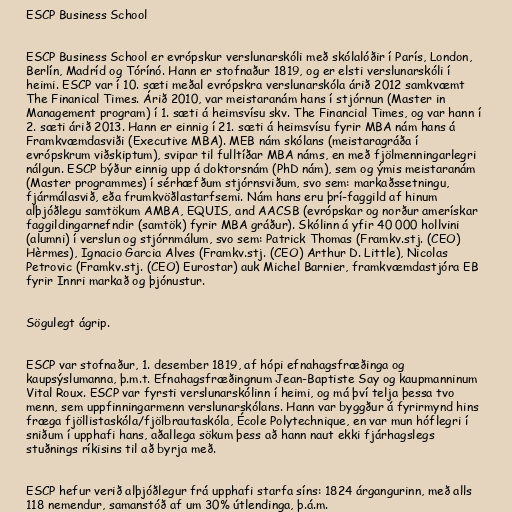
ESCP Business School

ESCP Business School er evrópskur verslunarskóli með skólalóðir í París, London,
Berlín, Madríd og Tórínó. Hann er stofnaður 1819, og er elsti verslunarskóli í
heimi. ESCP var í 10. sæti meðal evrópskra verslunarskóla árið 2012 samkvæmt
The Finanical Times. Árið 2010, var meistaranám hans í stjórnun (Master in
Management program) í 1. sæti á heimsvísu skv. The Financial Times, og var hann í
2. sæti árið 2013. Hann er einnig í 21. sæti á heimsvísu fyrir MBA nám hans á
Framkvæmdasviði (Executive MBA). MEB nám skólans (meistaragráða í
evrópskrum viðskiptum), svipar til fulltíðar MBA náms, en með fjölmenningarlegri
nálgun. ESCP býður einnig upp á doktorsnám (PhD nám), sem og ýmis meistaranám
(Master programmes) í sérhæfðum stjórnsviðum, svo sem: markaðssetningu,
fjármálasvið, eða frumkvöðlastarfsemi. Nám hans eru þrí-faggild af hinum
alþjóðlegu samtökum AMBA, EQUIS, and AACSB (evrópskar og norður amerískar
faggildingarnefndir (samtök) fyrir MBA gráður). Skólinn á yfir 40 000 hollvini
(alumni) í verslun og stjórnmálum, svo sem: Patrick Thomas (Framkv.stj. (CEO)
Hèrmes), Ignacio Garcia Alves (Framkv.stj. (CEO) Arthur D. Little), Nicolas
Petrovic (Framkv.stj. (CEO) Eurostar) auk Michel Barnier, framkvæmdastjóra EB
fyrir Innri markað og þjónustur.

Sögulegt ágrip.

ESCP var stofnaður, 1. desember 1819, af hópi efnahagsfræðinga og
kaupsýslumanna, þ.m.t. Efnahagsfræðingnum Jean-Baptiste Say og kaupmanninum
Vital Roux. ESCP var fyrsti verslunarskólinn í heimi, og má því telja þessa tvo
menn, sem uppfinningarmenn verslunarskólans. Hann var byggður á fyrirmynd hins
fræga fjöllistaskóla/fjölbrautaskóla, École Polytechnique, en var mun hóflegri í
sniðum í upphafi hans, aðallega sökum þess að hann naut ekki fjárhagslegs
stuðnings ríkisins til að byrja með.

ESCP hefur verið alþjóðlegur frá upphafi starfa síns: 1824 árgangurinn, með alls
118 nemendur, samanstóð af um 30% útlendinga, þ.á.m.